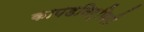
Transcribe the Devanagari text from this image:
कापडनिर्मिती